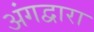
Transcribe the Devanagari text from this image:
अंगद्वारा